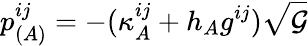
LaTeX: p_{(A)}^{ij}=-(\kappa_{A}^{ij}+h_{A}g^{ij})\sqrt{{\cal G}}